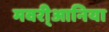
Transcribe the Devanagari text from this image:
मवरी्आनिया